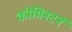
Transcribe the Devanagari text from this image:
कोमिनटर्न